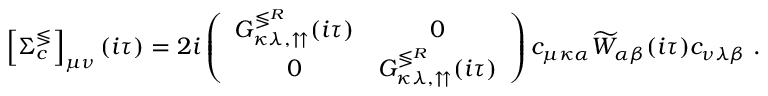
\left[ \Sigma _ { c } ^ { \lessgtr } \right] _ { \mu \nu } ( i \tau ) = 2 i \left( \begin{array} { c c } { G _ { \kappa \lambda , \upuparrows } ^ { \lessgtr ^ { R } } ( i \tau ) } & { 0 } \\ { 0 } & { G _ { \kappa \lambda , \upuparrows } ^ { \lessgtr ^ { R } } ( i \tau ) } \end{array} \right) c _ { \mu \kappa \alpha } \widetilde { W } _ { \alpha \beta } ( i \tau ) c _ { \nu \lambda \beta } \; .